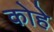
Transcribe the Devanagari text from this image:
कोहे